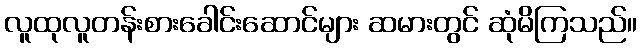
လူထုလူတန်းစားခေါင်းဆောင်များ ဆမားတွင် ဆုံမိကြသည်။